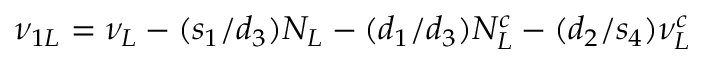
\nu _ { 1 L } = \nu _ { L } - ( s _ { 1 } / d _ { 3 } ) N _ { L } - ( d _ { 1 } / d _ { 3 } ) N _ { L } ^ { c } - ( d _ { 2 } / s _ { 4 } ) \nu _ { L } ^ { c }